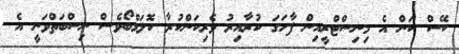
ކޭސް ކަން އެ މިނިސްޓްރީއިން ފާހަގަ ކުރާއިރު ވެރިކަންކުރާ ކޮލަމްބޯވެސް ނިސްބަތްވަނީ އެ